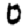
Digit: 0